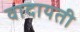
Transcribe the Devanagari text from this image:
वादायती